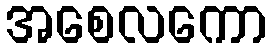
အစေလကော